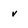
Character: v